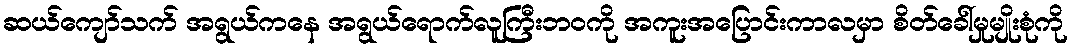
ဆယ်ကျော်သက် အရွယ်ကနေ အရွယ်ရောက်လူကြီးဘဝကို အကူးအပြောင်းကာလမှာ စိတ်ခေါ်မှုမျိုးစုံကို